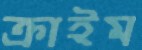
ক্রাইম